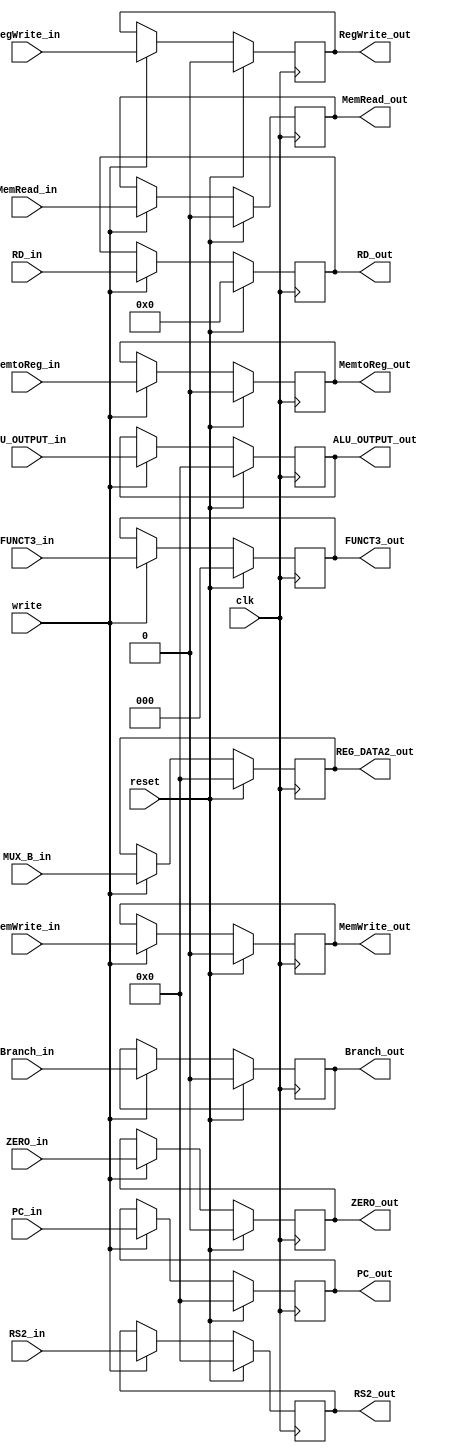
`timescale 1ns / 1ps

module EX_MEM_reg(clk, reset, write,
    RegWrite_in, MemtoReg_in, MemRead_in, MemWrite_in, Branch_in,
    PC_in, FUNCT3_in,
    ALU_OUTPUT_in, ZERO_in,
    MUX_B_in,
    RS2_in, RD_in,
                                  
    RegWrite_out, MemtoReg_out, MemRead_out, MemWrite_out, Branch_out,
    PC_out, FUNCT3_out,
    ALU_OUTPUT_out ,ZERO_out,
    REG_DATA2_out,
    RS2_out, RD_out);
    
    input clk, reset, write;
    input RegWrite_in, MemtoReg_in, MemRead_in, MemWrite_in, Branch_in, ZERO_in;
    input [31:0] PC_in, ALU_OUTPUT_in, MUX_B_in, RS2_in;
    input [4:0] RD_in;
    input [2:0] FUNCT3_in;
    
    output reg RegWrite_out, MemtoReg_out, MemRead_out, MemWrite_out, Branch_out, ZERO_out;
    output reg [31:0] PC_out, ALU_OUTPUT_out, REG_DATA2_out, RS2_out;
    output reg [4:0] RD_out;
    output reg [2:0] FUNCT3_out;
    
    always@(posedge clk) begin
        if (reset) begin
                RegWrite_out <= 1'b0;
                MemtoReg_out <= 1'b0;
                MemRead_out <= 1'b0;
                MemWrite_out <= 1'b0;
                Branch_out <= 1'b0;
                PC_out <= 32'b0;
                FUNCT3_out <= 3'b0;
                ALU_OUTPUT_out <= 32'b0;
                ZERO_out <= 1'b0;
                REG_DATA2_out <= 32'b0;
                RS2_out <= 32'b0;
                RD_out <= 5'b0;
        end
        else begin
            if(write) begin
                RegWrite_out <= RegWrite_in;
                MemtoReg_out <= MemtoReg_in;
                MemRead_out <= MemRead_in;
                MemWrite_out <= MemWrite_in;
                Branch_out <= Branch_in;
                PC_out <= PC_in;
                FUNCT3_out <= FUNCT3_in;
                ALU_OUTPUT_out <= ALU_OUTPUT_in;
                ZERO_out <= ZERO_in;
                REG_DATA2_out <= MUX_B_in;
                RS2_out <= RS2_in;
                RD_out <= RD_in;
            end
    end
  end
endmodule